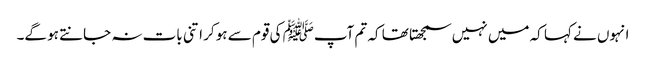
انہوں نے کہا کہ میں نہیں سمجھتا تھا کہ تم آپﷺ کی قوم سے ہو کر اتنی بات نہ جانتے ہو گے۔